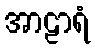
အာဠာရံ